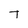
Character: T